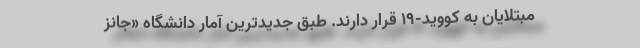
مبتلایان به کووید-۱۹ قرار دارند. طبق جدیدترین آمار دانشگاه «جانز